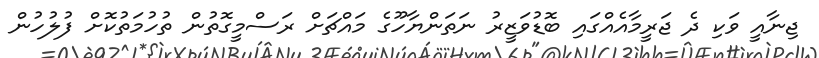
ޖިނާއީ ވަކި ދެ ޖަރީމާއެއްގައި ބޮޑުވަޒީރު ނަތަންޔާހޫގެ މައްޗަށް ރަސްމީގޮތުން ތުހުމަތުކޮށް ފުލުހުން